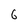
Character: 6